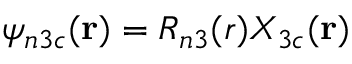
\psi _ { n 3 c } ( \mathbf { r } ) = R _ { n 3 } ( r ) X _ { 3 c } ( \mathbf { r } )